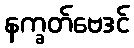
နက္ခတ်ဗေဒင်